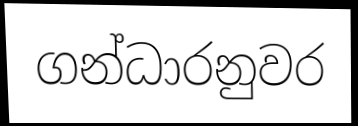
ගන්ධාරනුවර